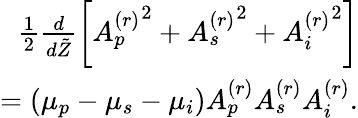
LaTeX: \begin{array}{r}{\frac{1}{2}\frac{d}{d\tilde{Z}}\left[{A_{p}^{(r)}}^{2}+{A_{s}^{(r)}}^{2}+{A_{i}^{(r)}}^{2}\right]}\\ {=\left(\mu_{p}-\mu_{s}-\mu_{i}\right)A_{p}^{(r)}A_{s}^{(r)}A_{i}^{(r)}.}\end{array}